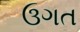
ઉગત